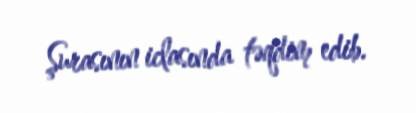
Şurasının iclasında təqdim edib.